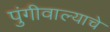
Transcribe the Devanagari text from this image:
पुंगीवाल्याचे